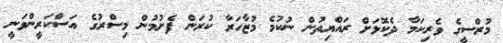
މުރްސީގެ ވެރިކަމާ ދެކޮޅަށް ރައްޔިތުން ނުކުމެ މުޒާހަރާ ކުރަން ފެށުމުން މިސްރުގެ އަސްކަރީންވަނީ